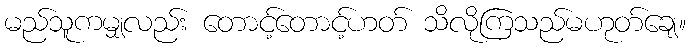
မည်သူကမျှလည်း တောင့်တောင့်ဟတ် သိလိုကြသည်မဟုတ်ချေ။